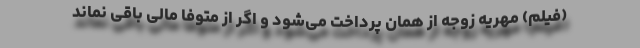
(فیلم) مهریه زوجه از همان پرداخت می‌شود و اگر از متوفا مالی باقی نماند